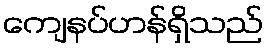
ကျေနပ်ဟန်ရှိသည်